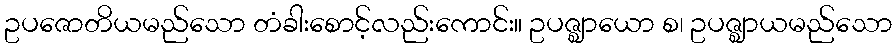
ဥပဇောတိယမည်သော တံခါးစောင့်လည်းကောင်း။ ဥပဇ္ဈာယော စ၊ ဥပဇ္ဈာယမည်သော